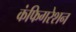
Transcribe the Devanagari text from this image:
कंफिगरेशन